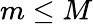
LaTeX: m\leq M